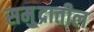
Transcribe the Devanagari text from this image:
समु्द्रातील